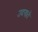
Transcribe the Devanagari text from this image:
उदगाते